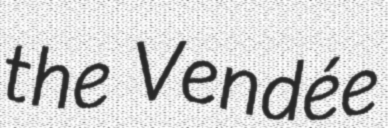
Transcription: the Vendée